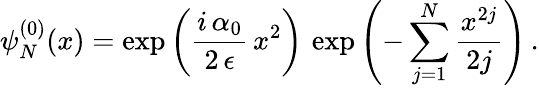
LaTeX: \psi_{N}^{(0)}(x)=\exp\left(\frac{i\, \alpha_{0}}{2\, \epsilon}\, x^{2}\right)\, \exp\left(-\sum_{j=1}^{N}\frac{x^{2j}}{2j}\right)\, .